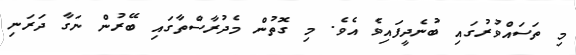
މި ތަސައްވުރުގައި ބުނެދީފައިވެ އެވެ. މި ގޮތުން މެދުރާސްތާގައި ބޭރުން ނަގާ ދަރަނި